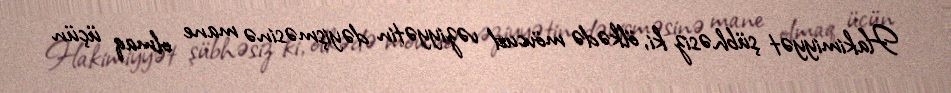
Hakimiyyət şübhəsiz ki, ölkədə mövcud vəziyyətin dəyişməsinə mane olmaq üçün